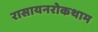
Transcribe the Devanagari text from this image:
रासायनरोकथाम